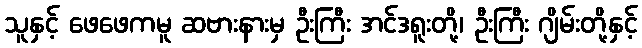
သူနှင့် ဖေဖေကမူ ဆဗားနားမှ ဦးကြီး အင်ဒရူးတို့၊ ဦးကြီး ဂျိမ်းတို့နှင့်